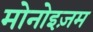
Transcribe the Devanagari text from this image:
मोनोइज़म